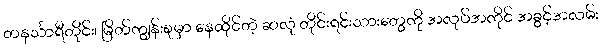
တနင်္သာရီတိုင်း၊ မြိတ်ကျွန်းစုမှာ နေထိုင်တဲ့ ဆလုံ တိုင်းရင်းသားတွေကို အလုပ်အကိုင် အခွင့်အလမ်း